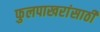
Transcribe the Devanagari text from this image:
फुलपाखरांसाठी